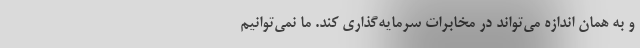
و به همان اندازه می‌تواند در مخابرات سرمایه‌گذاری کند. ما نمی‌توانیم